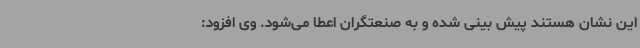
این نشان هستند پیش بینی شده و به صنعتگران اعطا می‌شود. وی افزود: